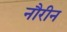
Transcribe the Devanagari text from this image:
नौरीन